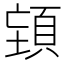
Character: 𮨉